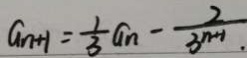
a _ { n + 1 } = \frac { 1 } { 3 } a _ { n } - \frac { 2 } { 3 ^ { n + 1 . } }